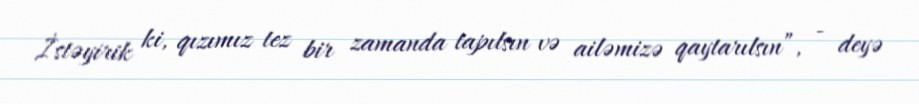
İstəyirik ki, qızımız tez bir zamanda tapılsın və ailəmizə qaytarılsın”, - deyə